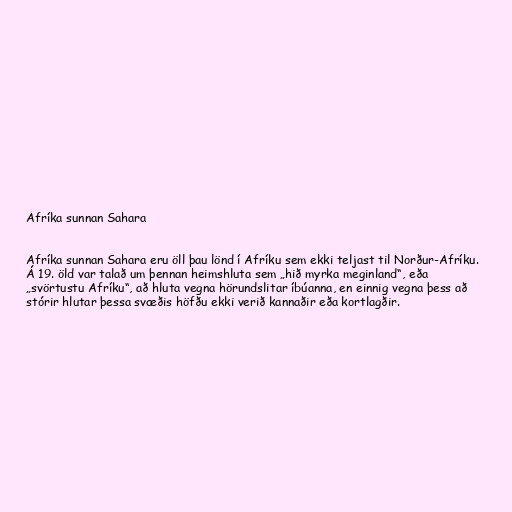
Afríka sunnan Sahara

Afríka sunnan Sahara eru öll þau lönd í Afríku sem ekki teljast til Norður-Afríku.
Á 19. öld var talað um þennan heimshluta sem „hið myrka meginland“, eða
„svörtustu Afríku“, að hluta vegna hörundslitar íbúanna, en einnig vegna þess að
stórir hlutar þessa svæðis höfðu ekki verið kannaðir eða kortlagðir.